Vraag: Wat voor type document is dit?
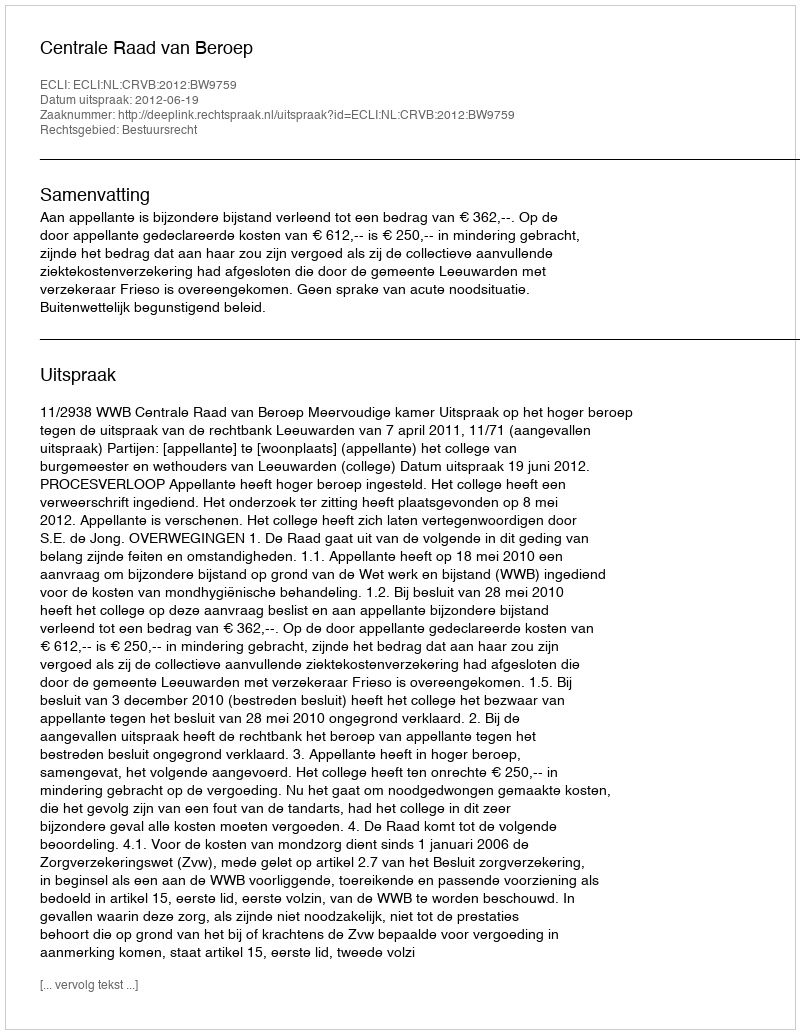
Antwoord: Uitspraak